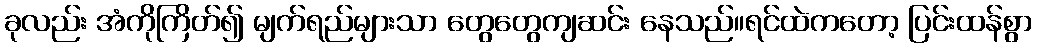
ခုလည်း အံကိုကြိတ်၍ မျက်ရည်များသာ တွေတွေကျဆင်း နေသည်။ရင်ထဲကတော့ ပြင်းထန်စွာ